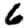
Digit: 6